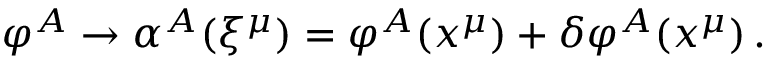
\varphi ^ { A } \rightarrow \alpha ^ { A } ( \xi ^ { \mu } ) = \varphi ^ { A } ( x ^ { \mu } ) + \delta \varphi ^ { A } ( x ^ { \mu } ) \, .